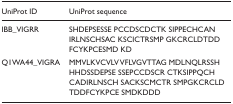
<table><thead><tr><td><b>UniProt ID</b></td><td><b>UniProt sequence</b></td></tr></thead><tbody><tr><td>IBB_VIGRR</td><td>SHDEPSESSE PCCDSCDCTK SIPPECHCAN IRLNSCHSAC KSCICTRSMP GKCRCLDTDD FCYKPCESMD KD</td></tr><tr><td>Q1WA44_VIGRA</td><td>MMVLKVCVLV VFLVGVTTAG MDLNQLRSSH HHDSSDEPSE SSEPCCDSCR CTKSIPPQCH CADIRLNSCH SACKSCMCTR SMPGKCRCLD TDDFCYKPCE SMDKDDD</td></tr></tbody></table>